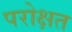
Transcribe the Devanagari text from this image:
परोक्षत